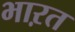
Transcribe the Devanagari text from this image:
भाऱत